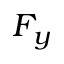
F _ { y }